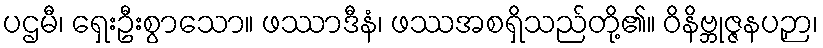
ပဌမီ၊ ရှေးဦးစွာသော။ ဖဿာဒီနံ၊ ဖဿအစရှိသည်တို့၏။ ဝိနိဗ္ဘုဇ္ဇနပဉှာ၊